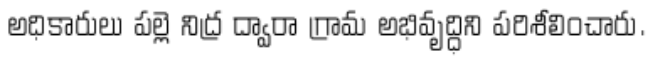
అధికారులు పల్లె నిద్ర ద్వారా గ్రామ అభివృద్ధిని పరిశీలించారు.